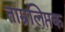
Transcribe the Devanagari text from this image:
ताम्रलिप्तक